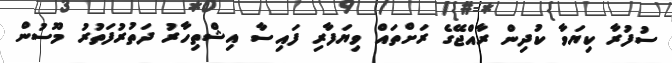
ސުފުރާ ކިޔަވާ ކުދިން ރާއްޖޭގެ ރަށްތައް ވިޔަފާރި ފައިސާ އިޝްތިހާރު ދަތުރުފަތުރު މޫސުން